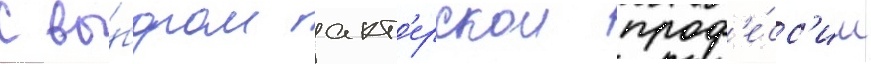
С вы́бором акт'ерскои проф'е́сс'ии